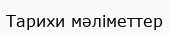
Тарихи мәліметтер